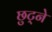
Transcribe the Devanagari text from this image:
छुट्ने